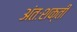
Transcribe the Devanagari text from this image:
अंतःशक्ती